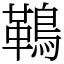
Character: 䳬